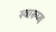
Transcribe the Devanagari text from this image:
स्वारूप्य